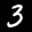
Label: 3